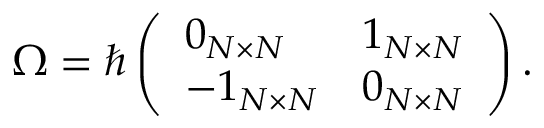
\boldsymbol { \Omega } = \hbar \left( \begin{array} { l l } { \boldsymbol { 0 } _ { N \times N } } & { \boldsymbol { 1 } _ { N \times N } } \\ { - \boldsymbol { 1 } _ { N \times N } } & { \boldsymbol { 0 } _ { N \times N } } \end{array} \right) .